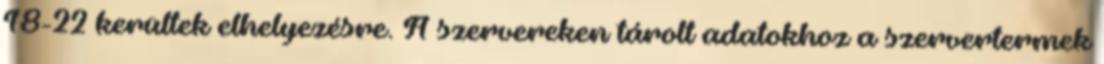
18-22 kerültek elhelyezésre. A szervereken tárolt adatokhoz a szervertermek